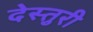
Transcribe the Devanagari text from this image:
देस्तुरी